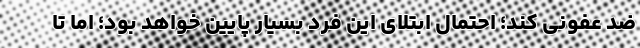
ضد عفونی کند؛ احتمال ابتلای این فرد بسیار پایین خواهد بود؛ اما تا